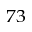
^ { 7 3 }